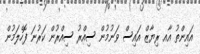
އައިންތު އާއ ރިޔާޒް އައިސް ވަނުމުން ސިއްރު ސިއްރުން ކަރުނަ ފޮހެލަމުން